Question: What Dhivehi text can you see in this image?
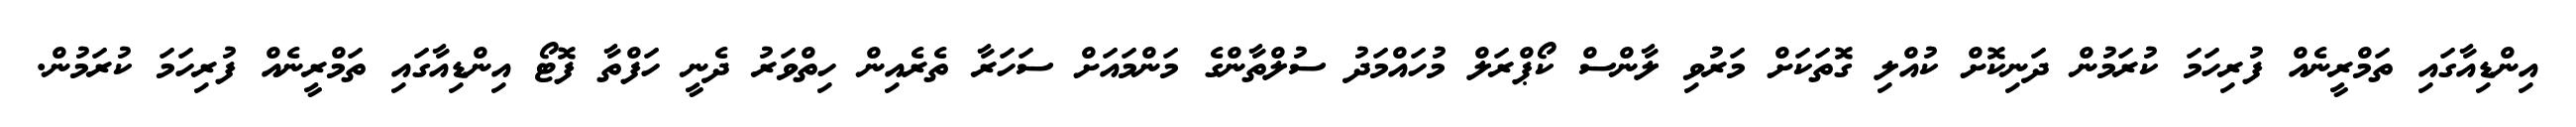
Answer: އިންޑިއާގައި ތަމްރީނެއް ފުރިހަމަ ކުރަމުން ދަނިކޮށް ކުއްލި ގޮތަކަށް މަރުވި ލާންސް ކޯޕްރަލް މުހައްމަދު ސުލްތާންގެ މަންމައަށް ސަހަރާ ތެރެއިން ހިތްވަރު ދެނީ ހަފްތާ ފޮޓޯ އިންޑިއާގައި ތަމްރީނެއް ފުރިހަމަ ކުރަމުން.